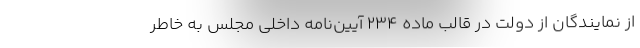
از نمایندگان از دولت در قالب ماده 234 آیین‌نامه داخلی مجلس به خاطر